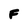
Character: F